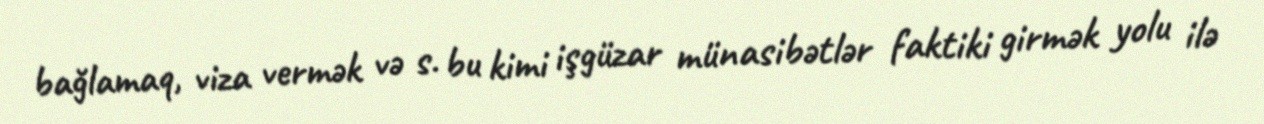
bağlamaq, viza vermək və s. bu kimi işgüzar münasibətlər faktiki girmək yolu ilə